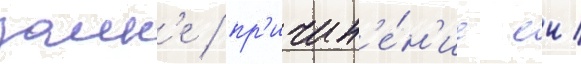
замк'е / пр'ичин'е́н'ие еи